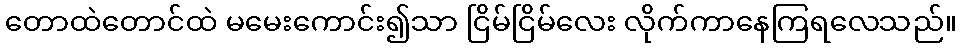
တောထဲတောင်ထဲ မမေးကောင်း၍သာ ငြိမ်ငြိမ်လေး လိုက်ကာနေကြရလေသည်။